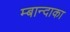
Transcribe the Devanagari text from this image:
म्बान्दाका